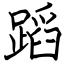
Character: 蹈